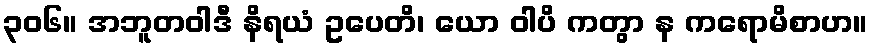
၃၀၆။ အဘူတဝါဒီ နိရယံ ဥပေတိ၊ ယော ဝါပိ ကတွာ န ကရောမိစာဟ။